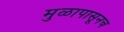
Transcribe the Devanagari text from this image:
मुळापासूनच